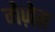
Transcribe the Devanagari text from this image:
मेज़ेस